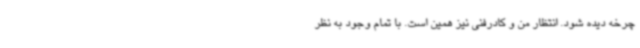
چرخه دیده شود. انتظار من و کادرفنی نیز همین است. با تمام وجود به نظر